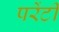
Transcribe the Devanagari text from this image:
परेंटी